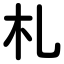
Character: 札